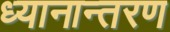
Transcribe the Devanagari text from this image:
ध्यानान्तरण